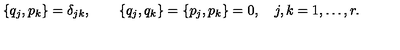
\{ q _ { j } , p _ { k } \} = \delta _ { j k } , \qquad \{ q _ { j } , q _ { k } \} = \{ p _ { j } , p _ { k } \} = 0 , \quad j , k = 1 , \ldots , r .